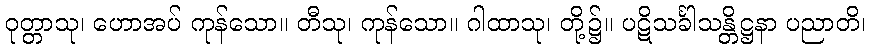
ဝုတ္တာသု၊ ဟောအပ် ကုန်သော။ တီသု၊ ကုန်သော။ ဂါထာသု၊ တို့၌။ ပဋိသင်္ခါသန္တိဋ္ဌနာ ပညာတိ၊